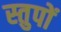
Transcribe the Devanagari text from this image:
स्तुपों